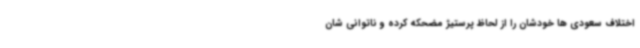
اختلاف سعودی ها خودشان را از لحاظ پرستیژ مضحکه کرده و ناتوانی شان